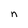
Character: n